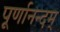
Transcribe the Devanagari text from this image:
पूर्णानन्दम्